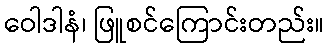
ဝေါဒါနံ၊ ဖြူစင်ကြောင်းတည်း။